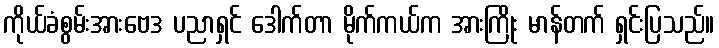
ကိုယ်ခံစွမ်းအားဗေဒ ပညာရှင် ဒေါက်တာ မိုက်ကယ်က အားကြိုး မာန်တက် ရှင်းပြသည်။